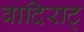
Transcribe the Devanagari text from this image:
वादिराट्